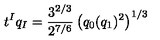
t ^ { I } q _ { I } = { \frac { 3 ^ { 2 / 3 } } { 2 ^ { 7 / 6 } } } \left( q _ { 0 } ( q _ { 1 } ) ^ { 2 } \right) ^ { 1 / 3 }